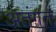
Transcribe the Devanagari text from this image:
अतंगर्त